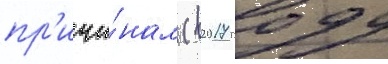
пр'ичи́нам (в 2017 году